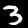
Digit: 3